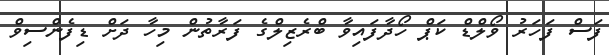
ފަސް ފަހަރު ވޯލްޑް ކަޕް ހޯދާފައިވާ ބްރެޒިލްގެ ފަރާތުން މިހާ ދަށް ޑިފެންސިވް